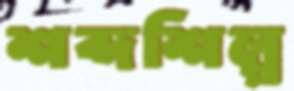
শব্দশিল্প